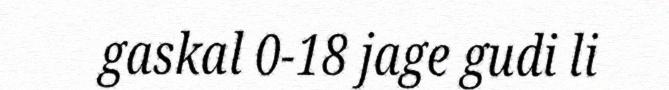
gaskal 0-18 jage gudi li